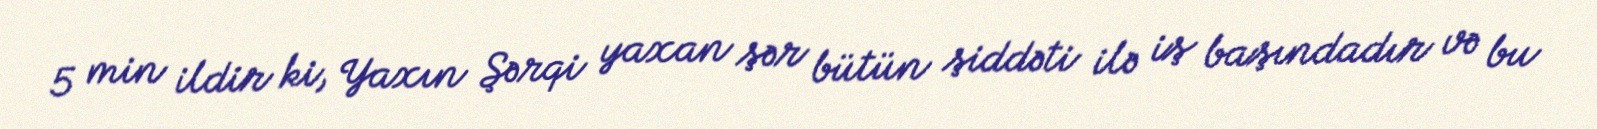
5 min ildir ki, Yaxın Şərqi yaxan şər bütün şiddəti ilə iş başındadır və bu